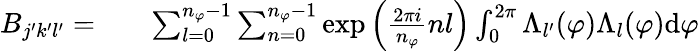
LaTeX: \begin{array}{rlr}{B_{j^{\prime}k^{\prime}l^{\prime}}=}&{{}}&{\sum_{l=0}^{n_{\varphi}-1}\sum_{n=0}^{n_{\varphi}-1}\exp{\left(\frac{2\pi i}{n_{\varphi}}nl\right)}\int_{0}^{2\pi}\Lambda_{l^{\prime}}(\varphi)\Lambda_{l}(\varphi)\mathrm{d}\varphi}\end{array}